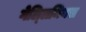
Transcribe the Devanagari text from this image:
गेल्‍लिमिमस